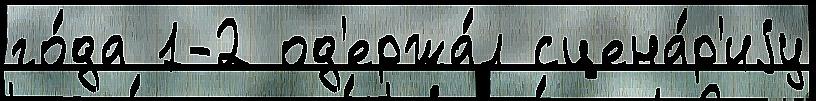
го́да 1-2 од'ержа́л сцена́р'иjу